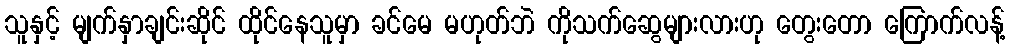
သူနှင့် မျက်နှာချင်းဆိုင် ထိုင်နေသူမှာ ခင်မေ မဟုတ်ဘဲ ကိုသက်ဆွေများလားဟု တွေးတော ကြောက်လန့်